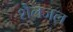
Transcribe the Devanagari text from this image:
शैलजल